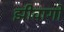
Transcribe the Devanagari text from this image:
झीवागो